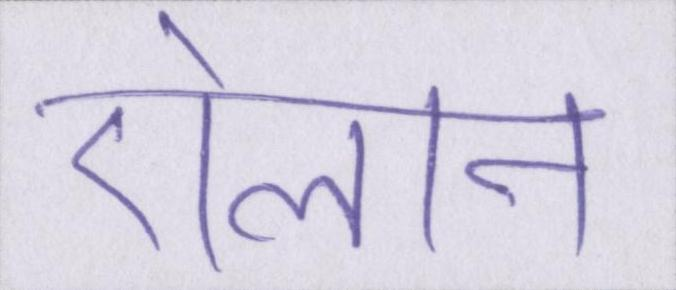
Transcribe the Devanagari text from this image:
ऐलान